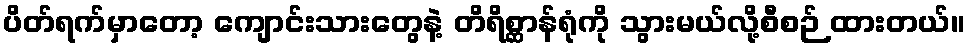
ပိတ်ရက်မှာတော့ ကျောင်းသားတွေနဲ့ တိရိစ္ဆာန်ရုံကို သွားမယ်လို့စီစဉ် ထားတယ်။